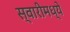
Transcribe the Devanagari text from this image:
स्वारीमध्ये